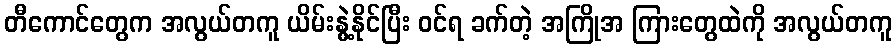
တီကောင်တွေက အလွယ်တကူ ယိမ်းနွဲ့နိုင်ပြီး ဝင်ရ ခက်တဲ့ အကြိုအ ကြားတွေထဲကို အလွယ်တကူ